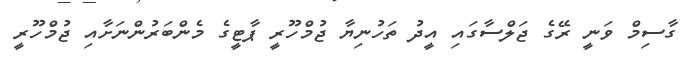
ގާސިމް ވަނީ ރޭގެ ޖަލްސާގައި އީދު ތަހުނިޔާ ޖުމްހޫރީ ޕާޓީގެ މެންބަރުންނަށާއި ޖުމްހޫރީ